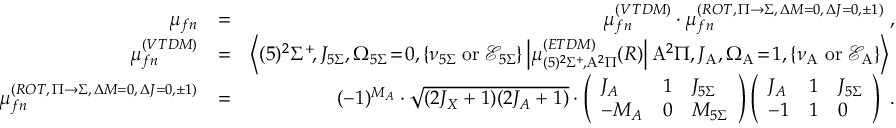
\begin{array} { r l r } { \mu _ { f n } } & { = } & { \mu _ { f n } ^ { ( V T D M ) } \cdot \mu _ { f n } ^ { ( R O T , \, \Pi \rightarrow \Sigma , \, \Delta { M } = 0 , \, \Delta { J } = 0 , \pm 1 ) } \; , } \\ { \mu _ { f n } ^ { ( V T D M ) } } & { = } & { \left< ( 5 ) ^ { 2 } \Sigma ^ { + } \! , J _ { 5 \Sigma } , \Omega _ { 5 \Sigma } \! = \! 0 , \left\{ \nu _ { 5 \Sigma } \mathrm { \; o r \; } \mathcal { E } _ { 5 \Sigma } \right\} \left| \mu _ { ( 5 ) ^ { 2 } \Sigma ^ { + } \! , \mathrm { A } ^ { 2 } \Pi } ^ { ( E T D M ) } ( R ) \right| \mathrm { A } ^ { 2 } \Pi , J _ { \mathrm { A } } , \Omega _ { \mathrm { A } } \! = \! 1 , \left\{ \nu _ { \mathrm { A } } \mathrm { \; o r \; } \mathcal { E } _ { \mathrm { A } } \right\} \right> \; } \\ { \mu _ { f n } ^ { ( R O T , \, \Pi \rightarrow \Sigma , \, \Delta { M } = 0 , \, \Delta { J } = 0 , \pm 1 ) } } & { = } & { ( - 1 ) ^ { M _ { A } } \cdot \sqrt { ( 2 J _ { X } + 1 ) ( 2 J _ { A } + 1 ) } \cdot \left( \begin{array} { l l l } { J _ { A } } & { 1 } & { J _ { 5 \Sigma } } \\ { - M _ { A } } & { 0 } & { M _ { 5 \Sigma } } \end{array} \right) \left( \begin{array} { l l l } { J _ { A } } & { 1 } & { J _ { 5 \Sigma } } \\ { - 1 } & { 1 } & { 0 } \end{array} \right) \; . } \end{array}